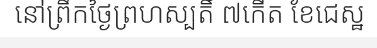
នៅព្រឹកថ្ងៃព្រហស្បតិ៍ ៧កើត ខែជេស្ឋ